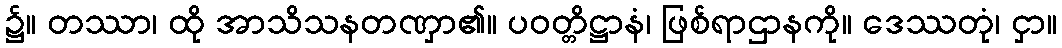
၌။ တဿာ၊ ထို အာသိသနတဏှာ၏။ ပဝတ္တိဋ္ဌာနံ၊ ဖြစ်ရာဌာနကို။ ဒေဿတုံ၊ ငှာ။